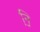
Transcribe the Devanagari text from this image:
नि़़॒